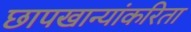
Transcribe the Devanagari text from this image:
छापखान्यांकरिता